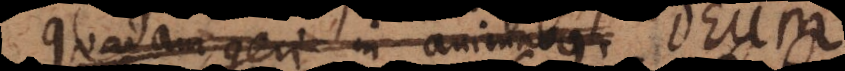
quadam geri in animabus.